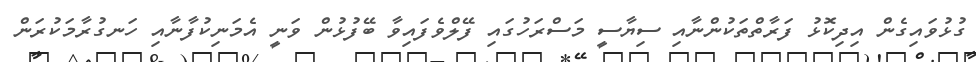
ގުޅުވައިގެން އިދިކޮޅު ފަރާތްތަކުންނާއި ސިޔާސީ މަސްރަހުގައި ފޭލްވެފައިވާ ބޭފުޅުން ވަނީ އެމަނިކުފާނާއި ހަނގުރާމަކުރަން